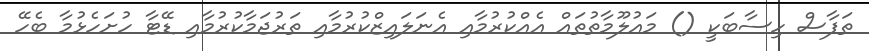
ތަފާސް ހިސާބަކީ () މައުލޫމާތުތައް އެއްކުރުމާއި އެނަލައިޒްކުރުމާއި ތަރުޖަމާކުރުމާއި ޑޭޓާ ހުށަހެޅުމާ ބެހޭ